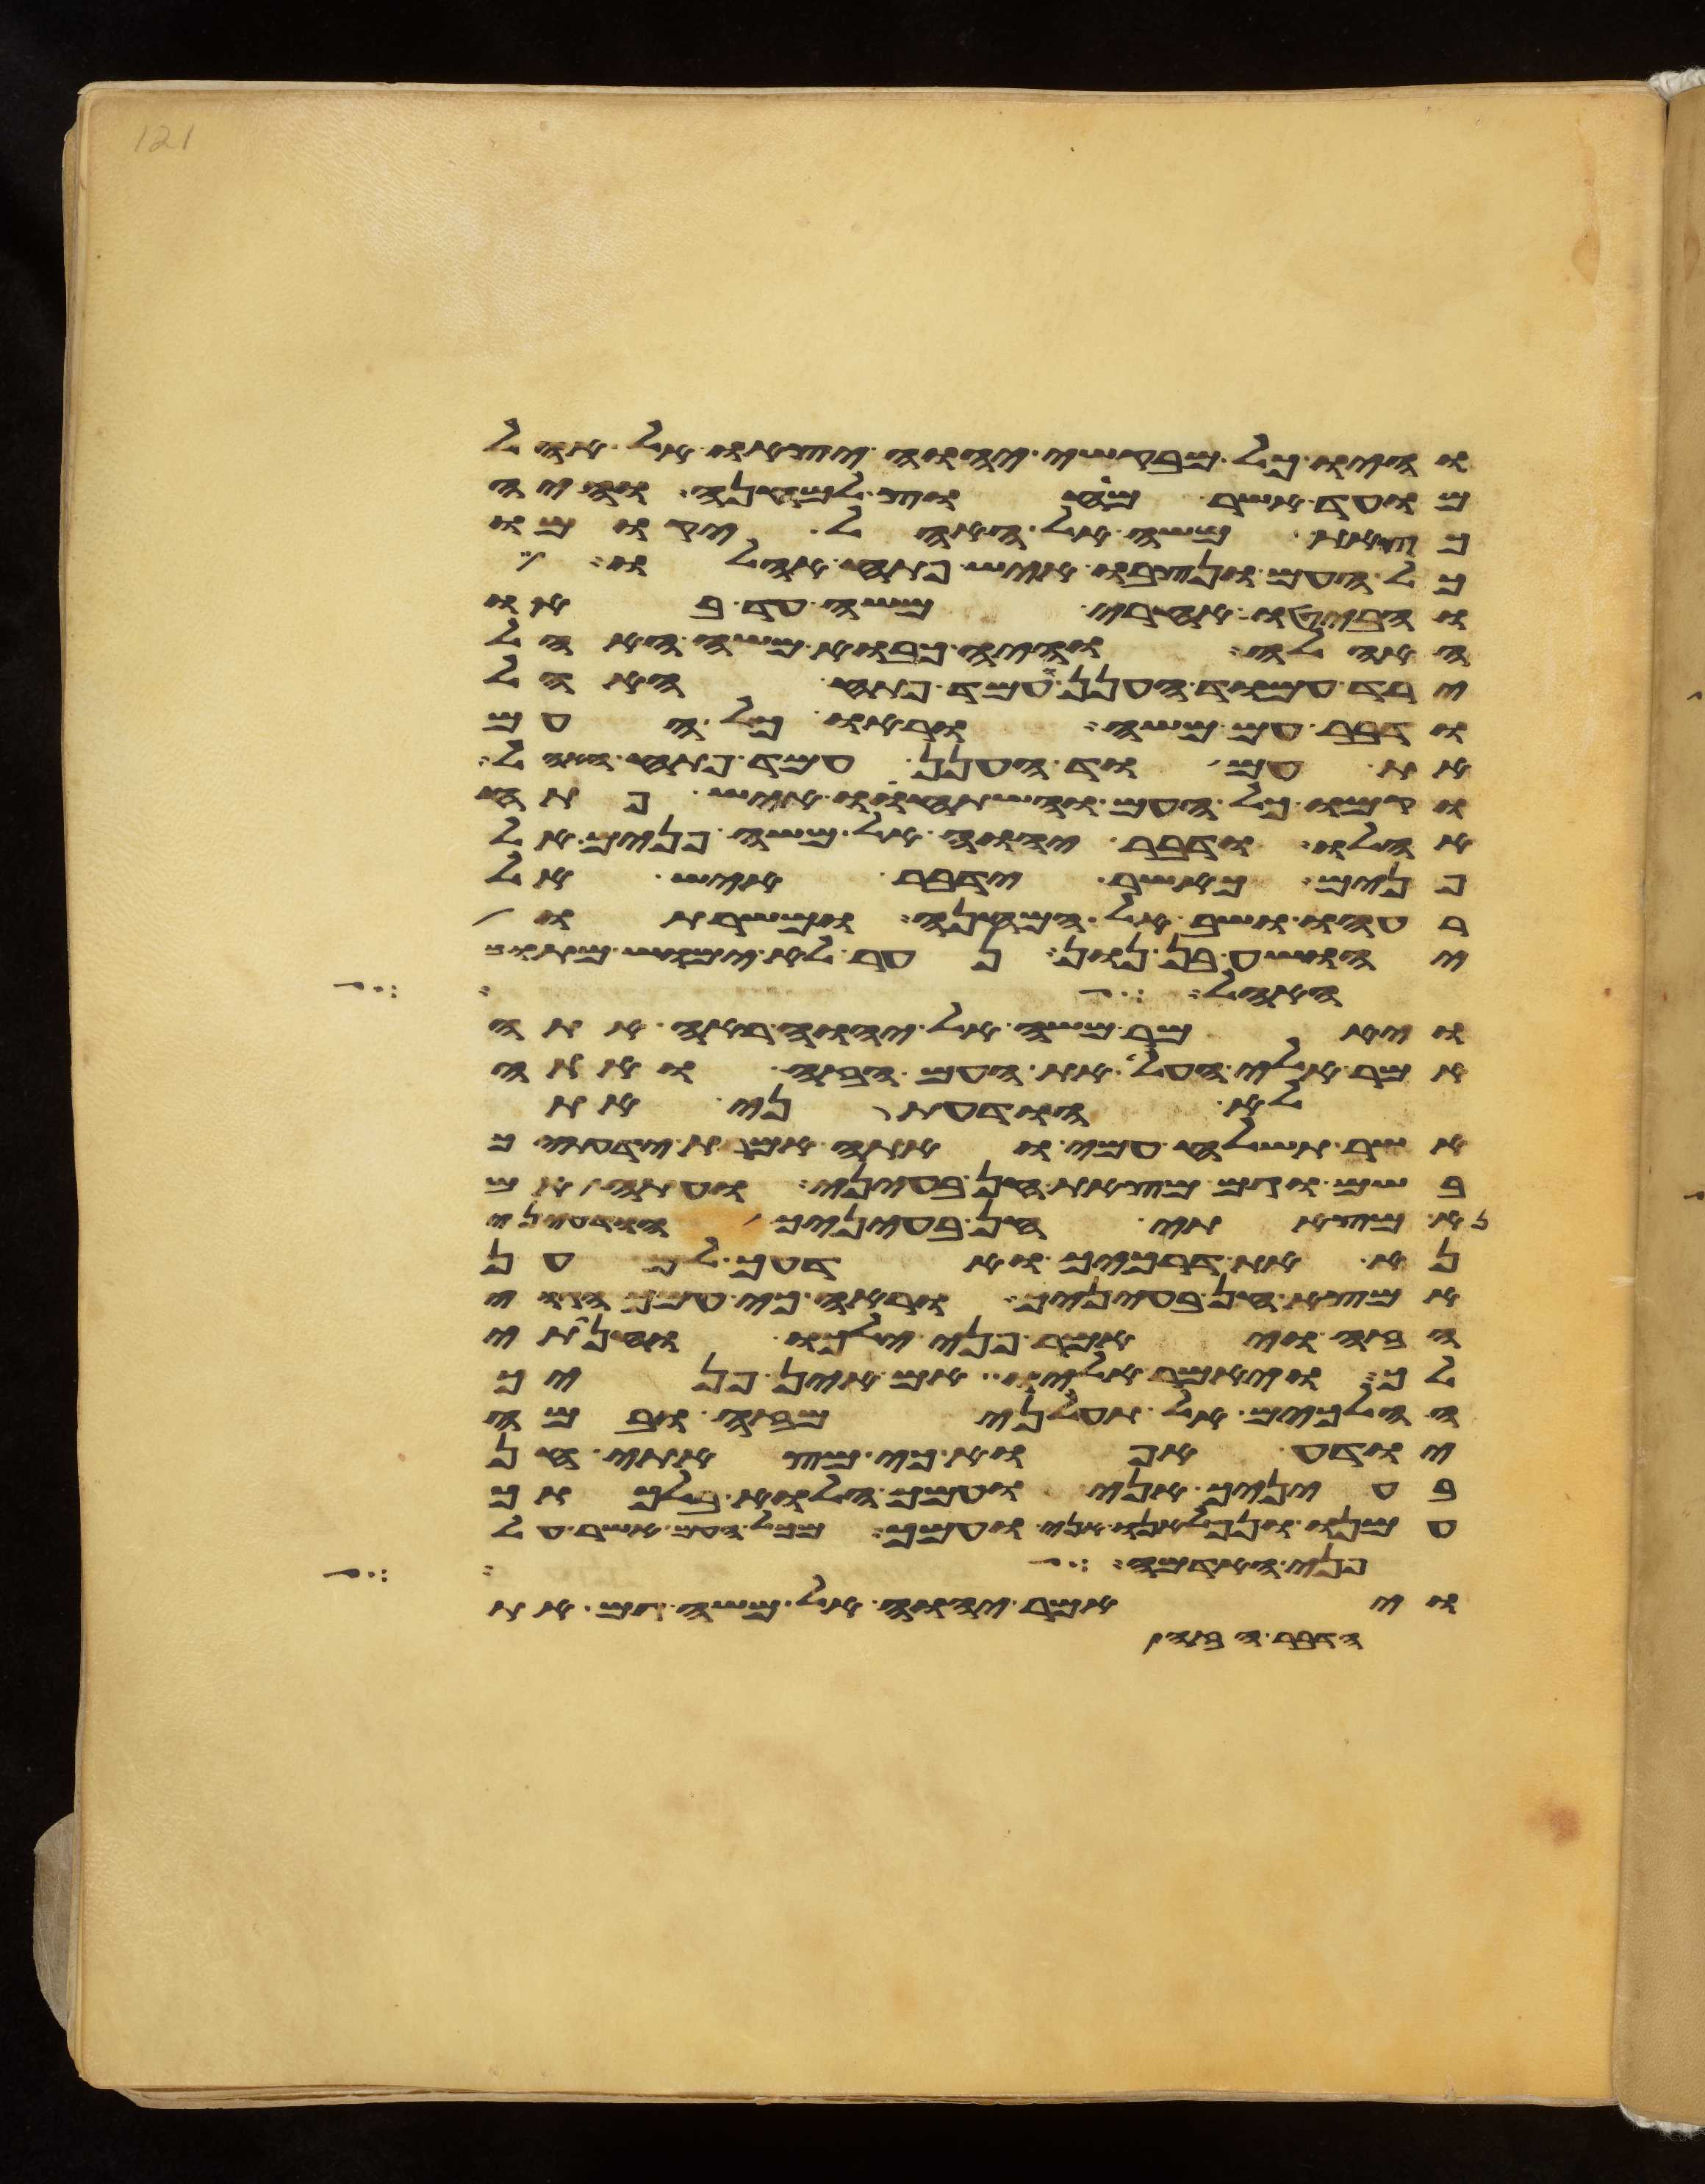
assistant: והיו כל מבקשי יהוה יצאו אל אהל
מועד אשר מחוץ למחנה והיה
כצאת משה אל האהל יקומו
כל העם ונצבו איש פתח אהלו
והביטו אחרי משה עד באו
האהלה והיה כבוא משה האהל
ירד עמוד הענן ועמד פתח האהל
ודבר עם משה וראו כל העם
את עמוד הענן עמד פתח האהל
וקמו כל העם והשתחוו איש פתח
אהלו ודבר יהוה אל משה פנים אל
פנים כאשר ידבר איש אל
רעהו ושב אל המחנה ומשרתו
יהושע בן נון נער לא ימוש מתוך
האהל
ויאמר משה אל יהוה ראה אתה
אמר אלי העל את העם הזה ואתה
לא הודעתני את
אשר תשלח עמי ואתה אמרת ידעתיך
בשם וגם מצאת חן בעיני ועתה אם
נא מצאתי חן בעיניך הודעני
נא את דרכיך ואדעך למען
אמצא חן בעיניך וראה כי עמך הגוי
הזה ויאמר פני ילכו והנחתי
לך ויאמר אליו אם אין פניך
הלכים אל תעלני מזה ובמה
יודע אפוא כי מצאתי חן
בעיניך אני ועמך הלוא בלכתך
עמנו ונפלאנו אני ועמך מכל העם אשר על
פני האדמה
ויאמר יהוה אל משה גם את
הדבר הזה